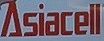
Asiacell